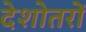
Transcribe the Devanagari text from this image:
देशोतरों